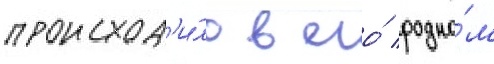
происход'и́ло в его́ родно́м